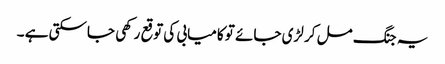
یہ جنگ مل کر لڑی جائے تو کامیابی کی توقع رکھی جاسکتی ہے ۔